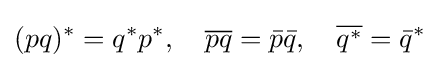
(pq)^{*}=q^{*}p^{*},\quad {\overline {pq}}={\bar {p}}{\bar {q}},\quad {\overline {q^{*}}}={\bar {q}}^{*}